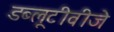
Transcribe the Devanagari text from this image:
डब्लूटीवीजे